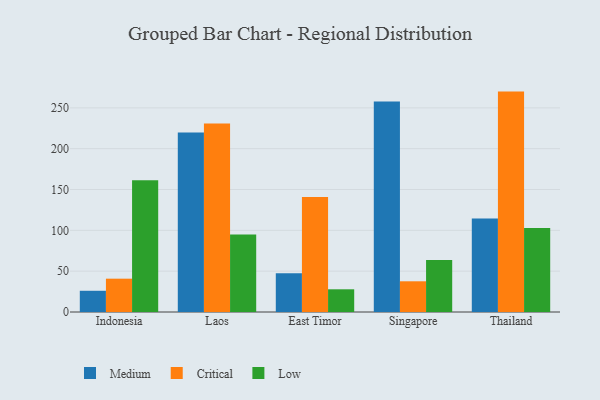
{"axis": {"x": "Country", "y": "Churn Rate (%)"}, "legend": ["Critical", "Low", "Medium"], "data": [{"x": "Indonesia", "y": 26.0, "type": "Medium"}, {"x": "Indonesia", "y": 40.8, "type": "Critical"}, {"x": "Indonesia", "y": 161.2, "type": "Low"}, {"x": "Laos", "y": 219.7, "type": "Medium"}, {"x": "Laos", "y": 230.9, "type": "Critical"}, {"x": "Laos", "y": 94.9, "type": "Low"}, {"x": "East Timor", "y": 47.3, "type": "Medium"}, {"x": "East Timor", "y": 140.8, "type": "Critical"}, {"x": "East Timor", "y": 27.8, "type": "Low"}, {"x": "Singapore", "y": 257.9, "type": "Medium"}, {"x": "Singapore", "y": 37.6, "type": "Critical"}, {"x": "Singapore", "y": 63.6, "type": "Low"}, {"x": "Thailand", "y": 114.6, "type": "Medium"}, {"x": "Thailand", "y": 269.9, "type": "Critical"}, {"x": "Thailand", "y": 102.8, "type": "Low"}]}